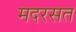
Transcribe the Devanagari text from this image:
मदरसत